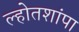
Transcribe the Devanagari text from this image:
ल्होतशांपा